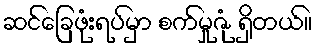
ဆင်ခြေဖုံးရပ်မှာ စက်မှုဇုံ ရှိတယ်။